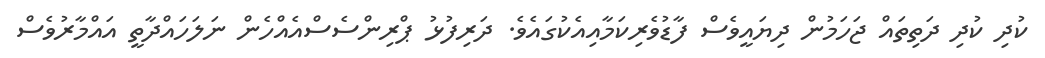
ކުދި ކުދި ދަތިތައް ޖަހަމުން ދިޔައީވެސް ފާޑުވެރިކަމާއިއެކުގައެވެ. ދަރިފުޅު ޕްރިންސެސްއެއްހެން ނަލަހައްދާތީ އައްމާރުވެސް